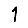
Digit: 1